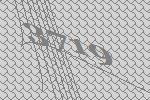
3719